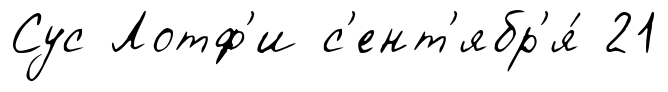
Сус Лотф'и с'ент'ябр'я́ 21